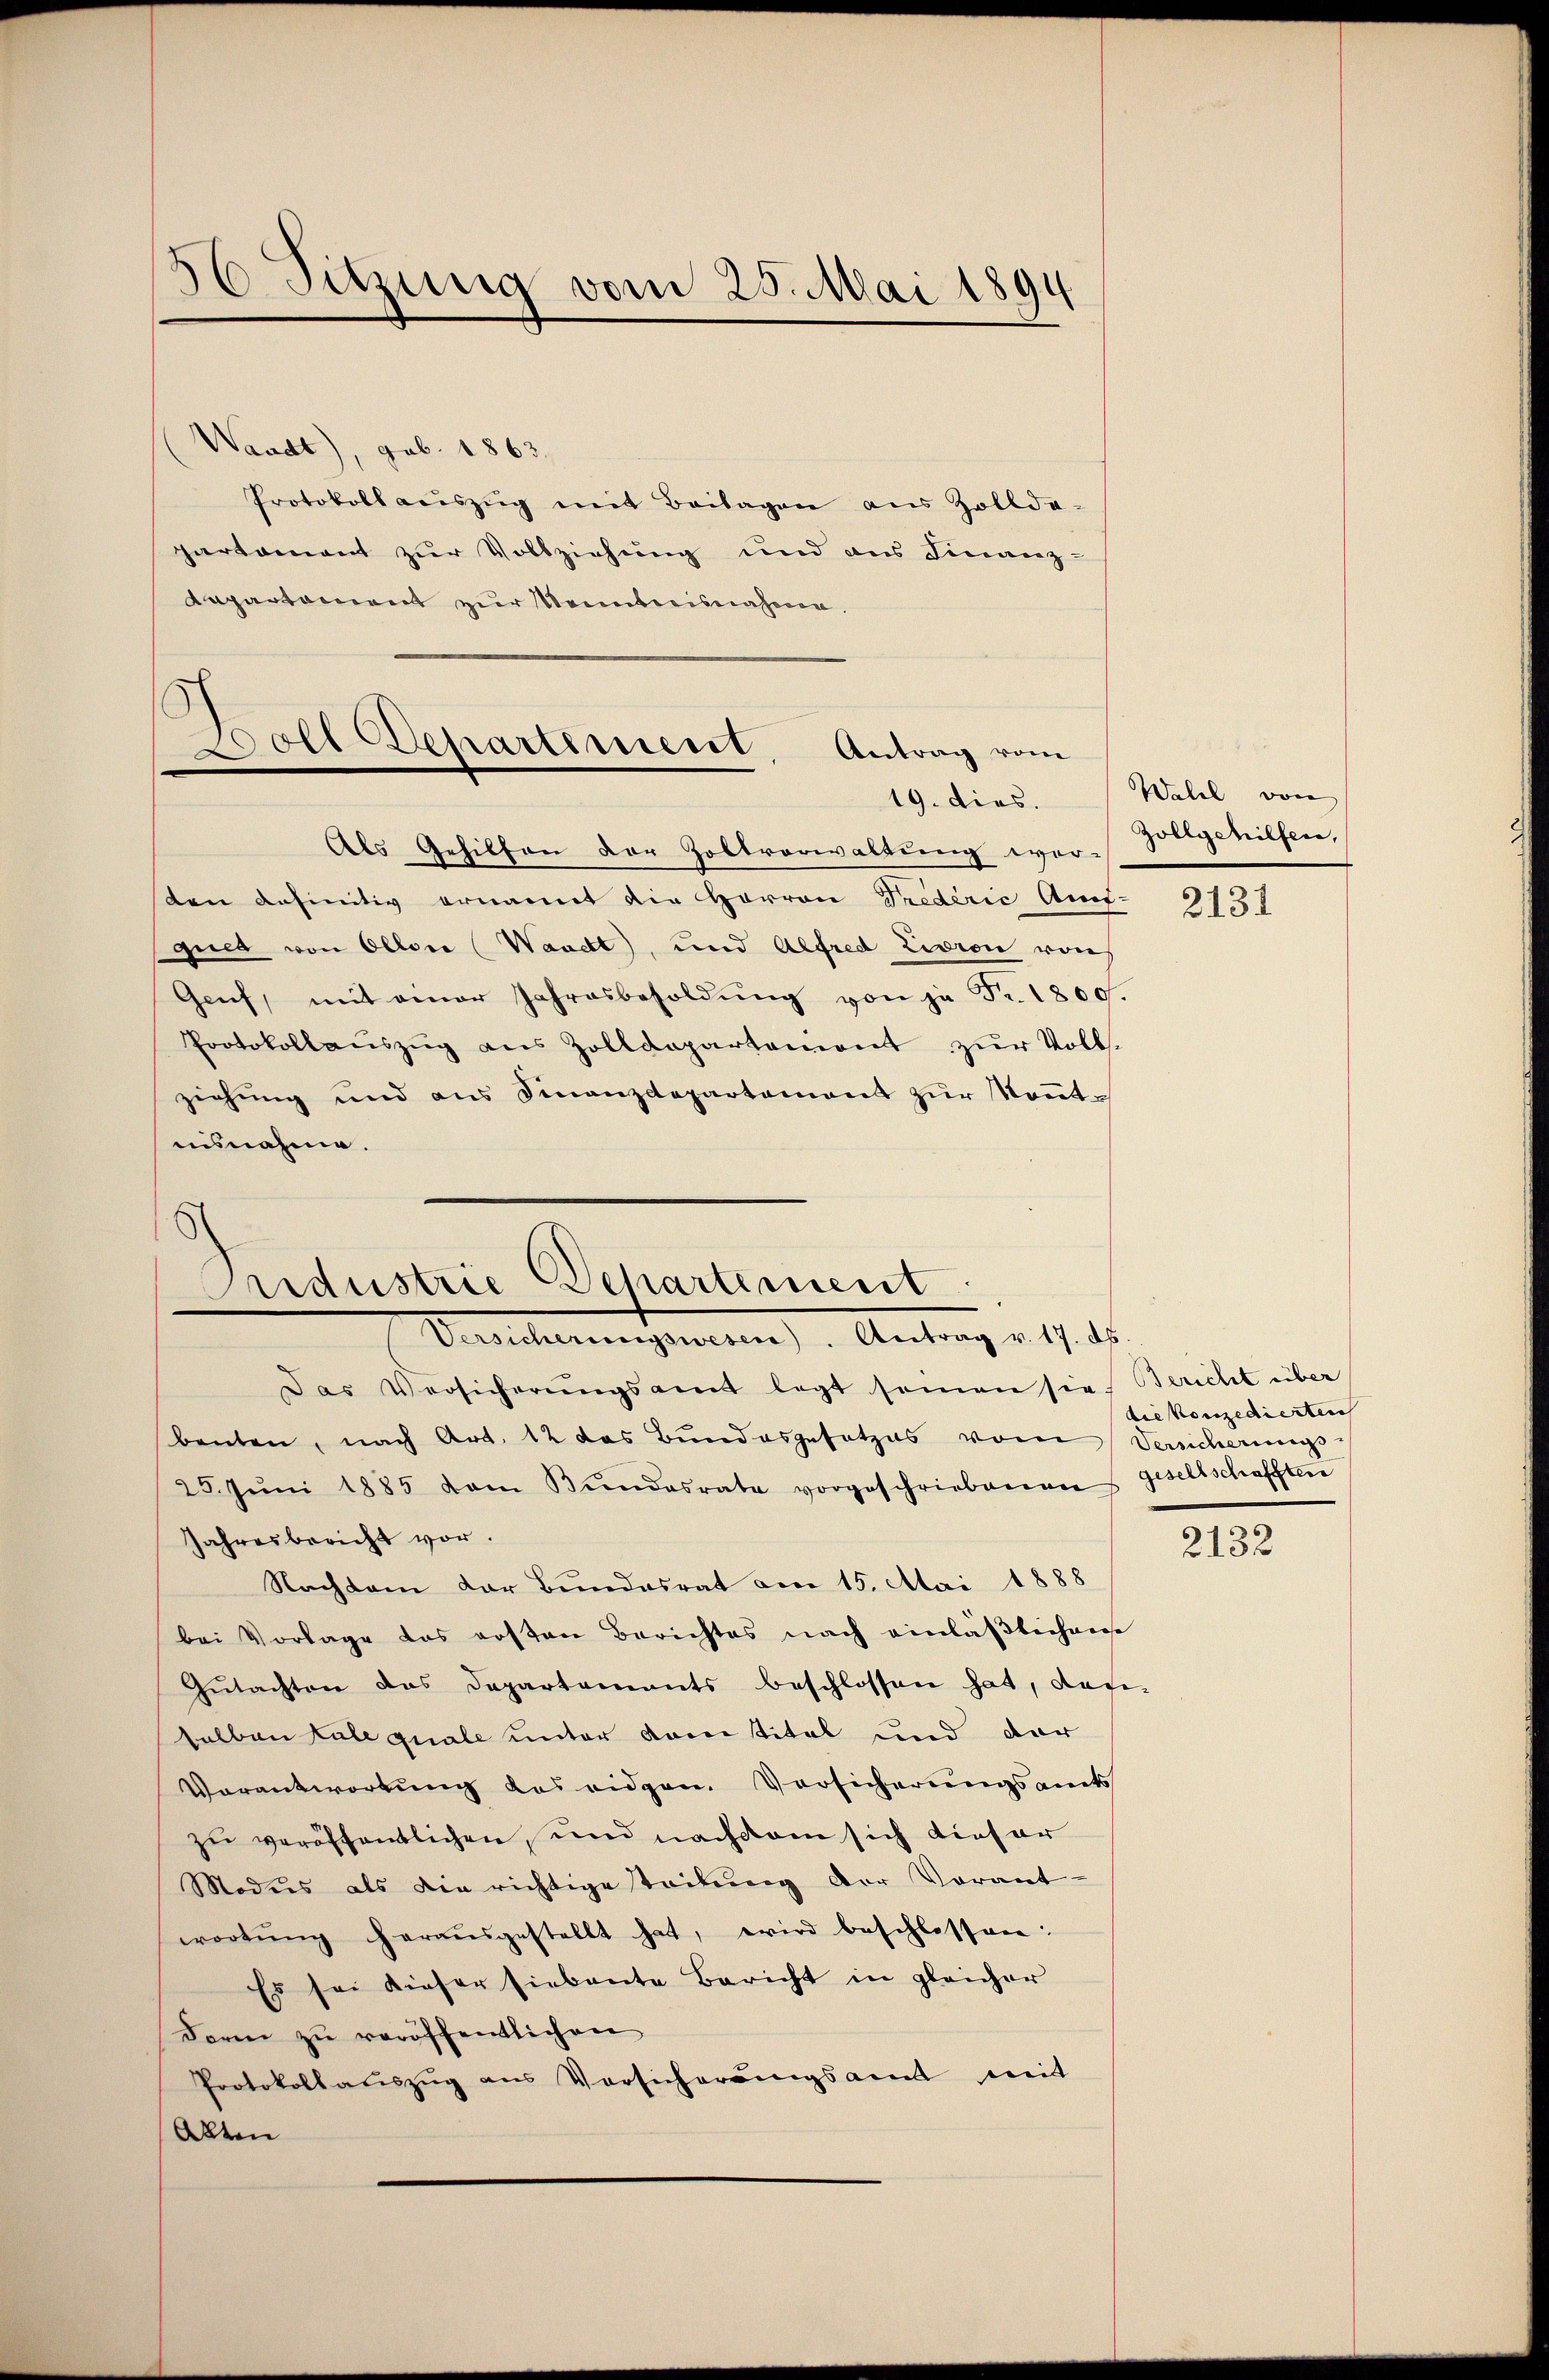
36 Sitzung vom 25. Mai 1894

Waadt), geb. 1863.
Protokoll aŭszŭg mit Beilagen aus Zollde-
partement zur Vollziehung und aus Finanz-
Lapartement zur Kenntnisnahme.

Woll Departement. Antrag vom
19. dies.

Als Gehilfen der Zollvorwaltung wor-
den definitiv ernannt die Herren Drederić Auf-
quet von Ollone (Waadt, und Alfred Livron von
Genf, mit einer Jahresbesoldŭng von je Fr. 1800.
Protokollaŭszŭg ans Zolldepartement zŭr Voll-
ziehung und aus Finanzdepartement zur Nontausnahme.

Oridustrie Departement
Versicherungswesen). Antrag v. 17. ds

Wahl von
Zollgehilfen,

Das Versicherŭngsamt legt seinen sie Bericht über
banten, nach Art. 12 das Bundesgesetzes vom Verscherungs-
25. Jŭni 1885 vom Bŭndesrate vorgeschriebenen gesellschafften
Jahresbericht vor.
Nachdem der Bundesrat am 15. Mai 1888
bei Vorlage das ersten Berichtes nach einläßlichense
Gŭtachten das Departements beschlossen hat, das-
salben tale quale unter damitital und der
Verantwortung des eidgen. Versicherungsamts
zu veröffentlichen, und nachdem sich dieser
Modus als die richtige teilung der Vorant-
wortŭng heraŭsgestellt hat, wird beschlossen:
Es sei dieser siebente Bericht in gleicher
darin zŭ veröffentlichen
Protokollauszug aus Versicherungsam mit
Alten

2131

die konzedierten

2132